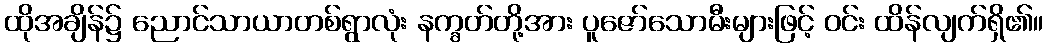
ထိုအချိန်၌ ညောင်သာယာတစ်ရွာလုံး နက္ခတ်တို့အား ပူဇော်သောမီးများဖြင့် ဝင်း ထိန်လျက်ရှိ၏။